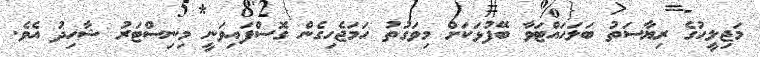
މަޖިލީހުގެ ރިޔާސަތު ބަލަހައްޓަވާ ބޭފުޅަކަށް މިވަގުތު ހަމަޖެހިގެން ގޮސްފައިވަނީ މިނިސްޓަރު ޝާހިދު އެވެ.